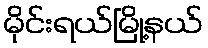
မိုင်းရယ်မြို့နယ်